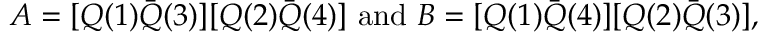
A = [ Q ( 1 ) \bar { Q } ( 3 ) ] [ Q ( 2 ) \bar { Q } ( 4 ) ] \ \mathrm { a n d } \ B = [ Q ( 1 ) \bar { Q } ( 4 ) ] [ Q ( 2 ) \bar { Q } ( 3 ) ] ,